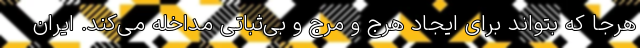
هرجا که بتواند برای ایجاد هرج و مرج و بی‌ثباتی مداخله می‌کند. ایران